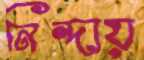
নিন্দায়